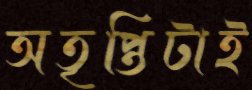
অতৃপ্তিটাই